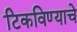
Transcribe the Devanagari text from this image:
टिकविण्याचे